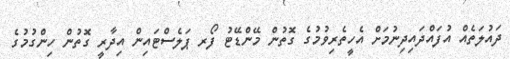
ދައުލަތެއް އުފައްދައިދިނުމަށް އެހީތެރިވުމުގެ ގޮތުން މޭންޑޭޓު ފޯރ ޕަލެސްޓައިން އިދާރީ ގޮތުން ހިންގުމުގެ